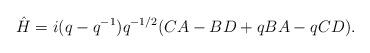
LaTeX: \begin{align*}\hat H =i(q-q^{-1})q^{-1/2}(CA-BD+qBA-qCD).\end{align*}